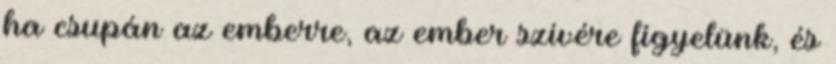
ha csupán az emberre, az ember szívére figyelünk, és